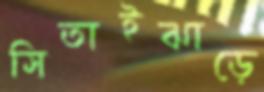
সিতাইঝাড়ে